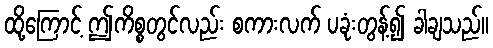
ထို့ကြောင့် ဤကိစ္စတွင်လည်း စကားလက် ပခုံးတွန့်၍ ခါချသည်။